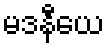
မဒနီယေ